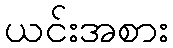
ယင်းအစား